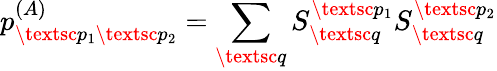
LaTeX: p_{\textsc{p}_{1}\textsc{p}_{2}}^{(A)}=\sum_{\textsc{q}}S_{\textsc{q}}^{\textsc{p}_{1}}S_{\textsc{q}}^{\textsc{p}_{2}}